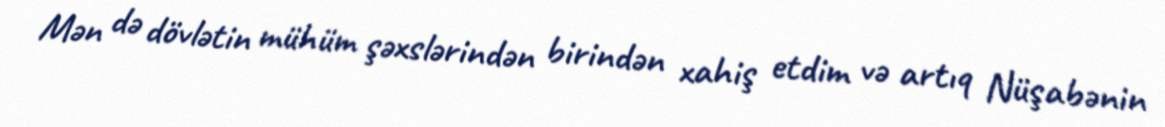
Mən də dövlətin mühüm şəxslərindən birindən xahiş etdim və artıq Nüşabənin